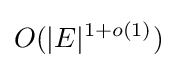
O(|E|^{1+o(1)})